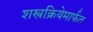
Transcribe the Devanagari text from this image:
शस्त्रक्रियेमार्फत